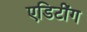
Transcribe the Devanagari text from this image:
एडिटींग